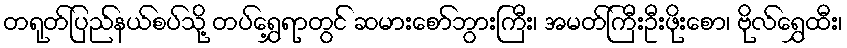
တရုတ်ပြည်နယ်စပ်သို့ တပ်ရွှေ့ရာတွင် ဆမားစော်ဘွားကြီး၊ အမတ်ကြီးဦးဖိုးစော၊ ဗိုလ်ရွှေထီး၊